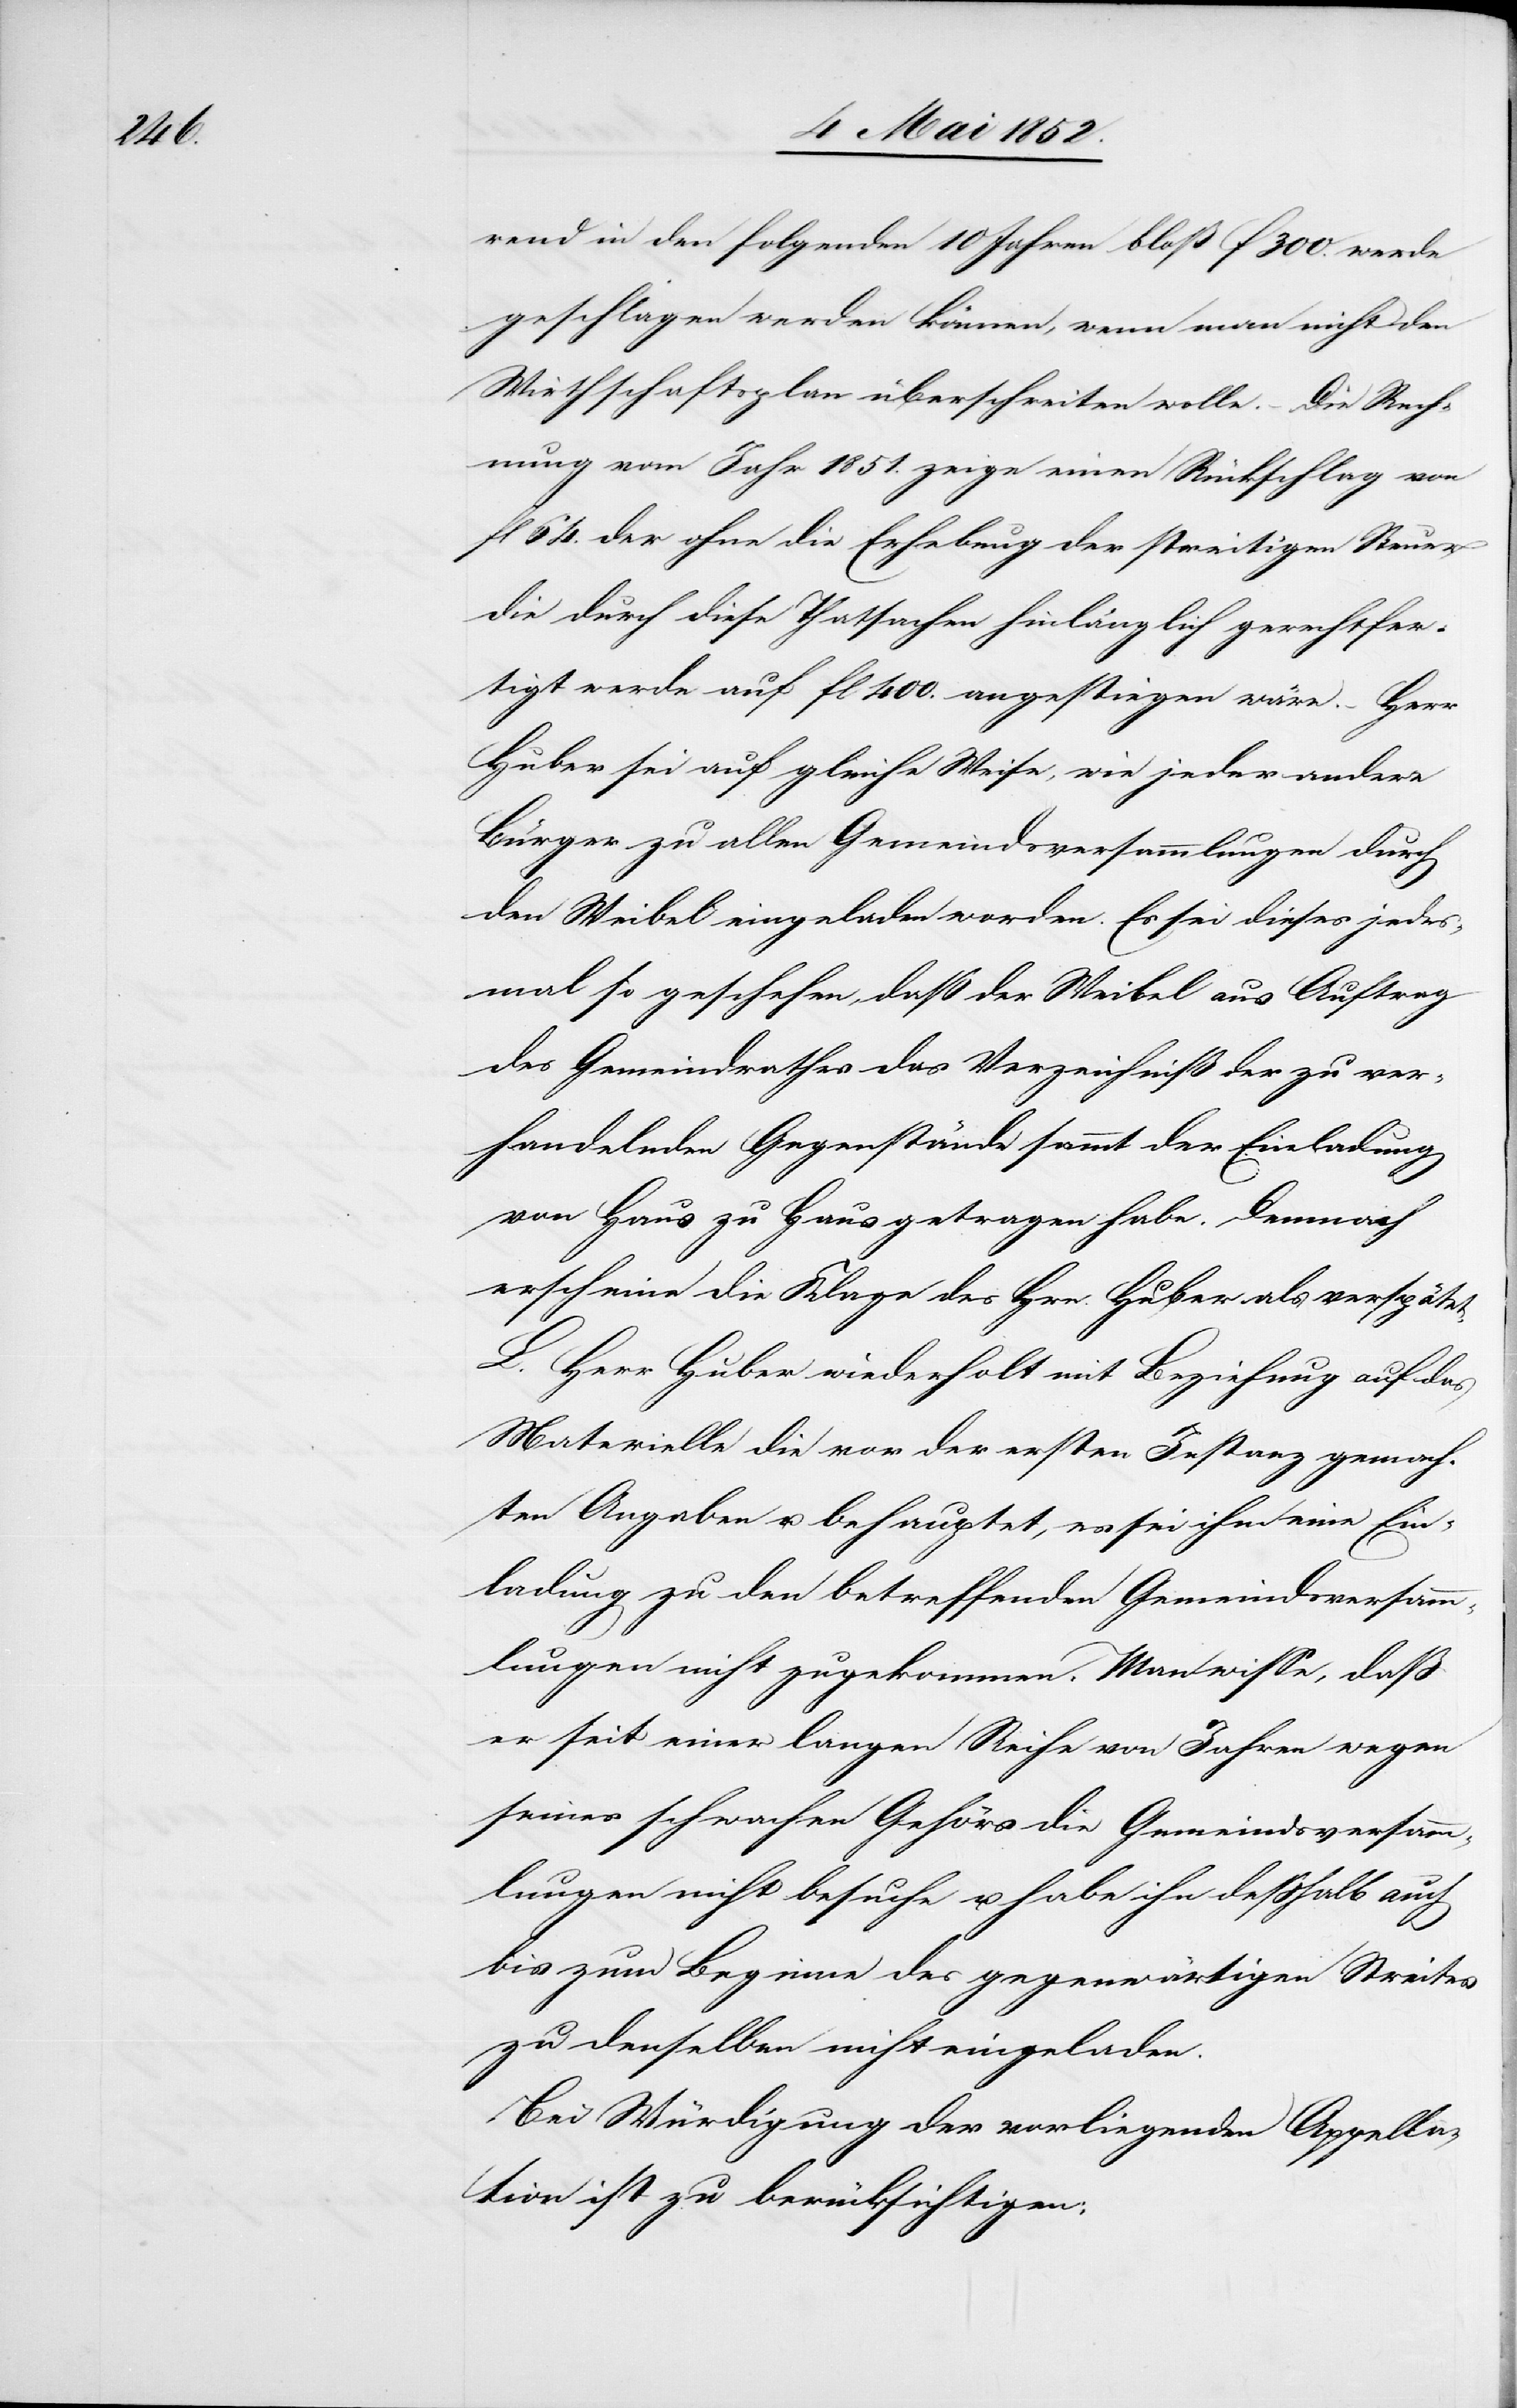
rend in den folgenden 10 Jahren bloß f 300. werde
geschlagen werden können, wenn man nicht den
Wirthschaftsplan überschreiten wolle. – Die Rech¬
nung vom Jahr 1851. zeige einen Rückschlag von
fl 64. der ohne die Erhebung der streitigen Steuer
die durch diese Thatsachen hinlänglich gerechtfer¬
tigt werde auf fl 400. angestiegen wäre. – Herr
Huber sei auf gleiche Weise, wie jeder andere
Bürger zu allen Gemeindsversammlungen durch
den Weibel eingeladen worden. Es sei dieses jedes¬
mal so geschehen, daß der Weibel aus Auftrag
des Gemeindrathes das Verzeichniß der zu ver¬
handelnden Gegenstände sammt der Einladung
von Haus zu Haus getragen habe. Demnach
erscheine die Klage des Hrn. Huber als verspätet.
L. Herr Huber wiederholt mit Beziehung auf das
Materielle die vor der ersten Instanz gemach¬
ten Angaben u. behauptet, es sei ihm eine Ein¬
ladung zu den betreffenden Gemeindsversamm¬
lungen nicht zugekommen. Man wisse, dass
er seit einer langen Reihe von Jahren wegen
seines schwachen Gehörs die Gemeindsversamm¬
lungen nicht besuche u. habe ihn desshalb auch
bis zum Beginne des gegenwärtigen Streites
zu denselben nicht eingeladen.
Bei Würdigung der vorliegenden Appella¬
tion ist zu berücksichtigen: